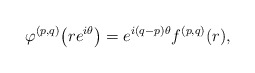
\begin{align*}\varphi^{(p,q)}\bigl(re^{i\theta}\bigr)=e^{i(q-p)\theta}f^{(p,q)}(r),\end{align*}